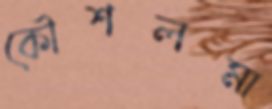
কৌশলমা